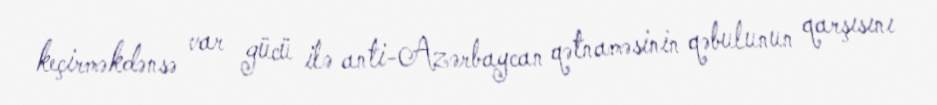
keçirməkdənsə var gücü ilə anti-Azərbaycan qətnaməsinin qəbulunun qarşısını